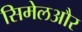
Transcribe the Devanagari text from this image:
सिमेलऔर